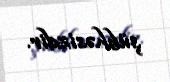
şübhəsizdir.